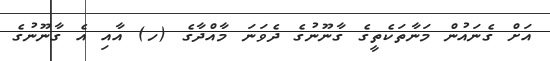
އަށް ގެނައުން މަނާތަކެތީގެ ގާނޫނުގެ ދެވަނަ މާއްދާގެ (ހ) އާއި އެ ގާނޫނުގެ